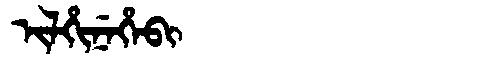
Manchu: ᡳᠯᡥᡳᠨᡝᡥᡝᠪᡳ
Romanization: ILHINEHEBI